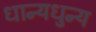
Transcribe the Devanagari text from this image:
धान्यधुन्य